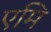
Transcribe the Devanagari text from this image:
एमि